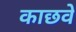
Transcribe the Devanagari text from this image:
काछवे